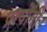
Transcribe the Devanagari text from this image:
प्रत्योगी